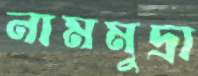
নামমুদ্রা